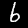
Label: 6